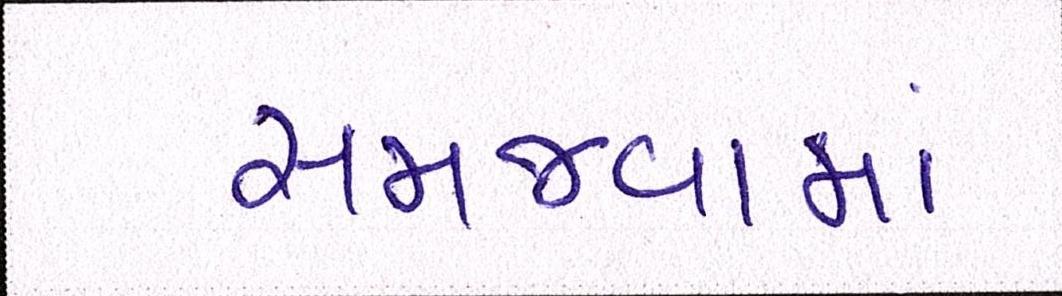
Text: સમજવામાં